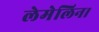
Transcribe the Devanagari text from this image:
लेमेलिन।